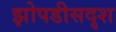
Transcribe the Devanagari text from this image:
झोपडीसदृश